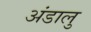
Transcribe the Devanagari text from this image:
अंडालु